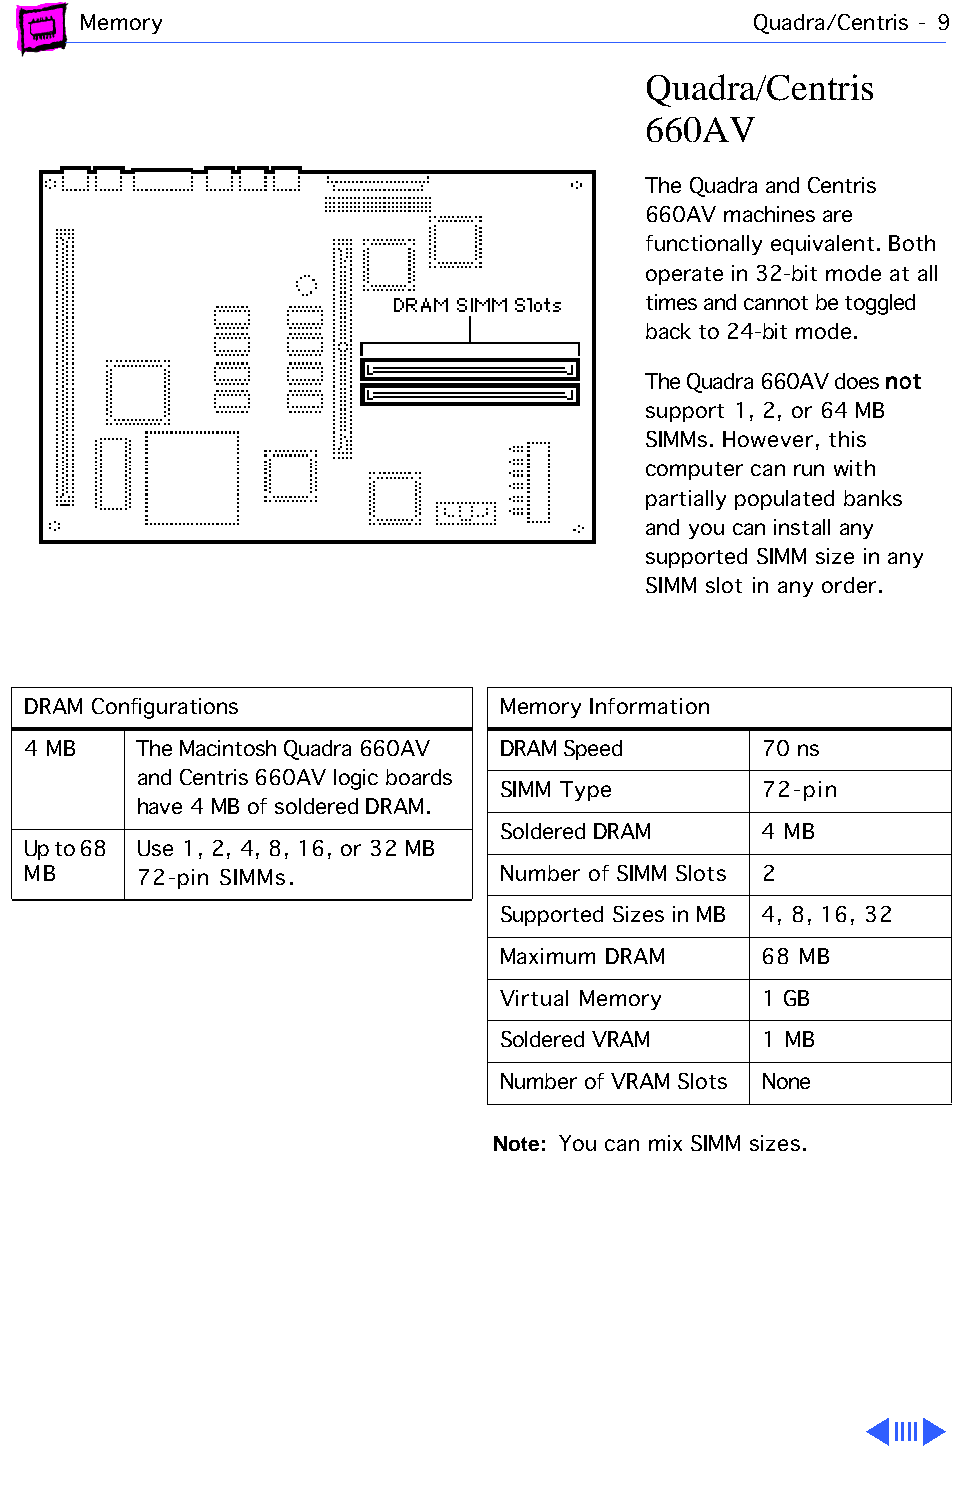
Memory                                      Quadra/Centris - 9
 Quadra/Centris
 660AV
 The Quadra and Centris
 660AV machines are
 functionally equivalent. Both
 operate in 32-bit mode at all
 times and cannot be toggled
 back to 24-bit mode.
 not
 The Quadra 660AV does
 support 1, 2, or 64 MB
 SIMMs. However, this
 computer can run with
 partially populated banks
 and you can install any
 supported SIMM size in any
 SIMM slot in any order.
 DRAM Configurations             Memory Information
 4 MB    The Macintosh Quadra 660AV DRAM Speed    70 ns
 and Centris 660AV logic boards
 SIMM Type        72-pin
 have 4 MB of soldered DRAM.
 Soldered DRAM    4 MB
 Up to 68 Use 1, 2, 4, 8, 16, or 32 MB
 MB      72-pin SIMMs.           Number of SIMM Slots 2
 Supported Sizes in MB 4, 8, 16, 32
 Maximum DRAM     68 MB
 Virtual Memory   1 GB
 Soldered VRAM    1 MB
 Number of VRAM Slots None
 Note: You can mix SIMM sizes.